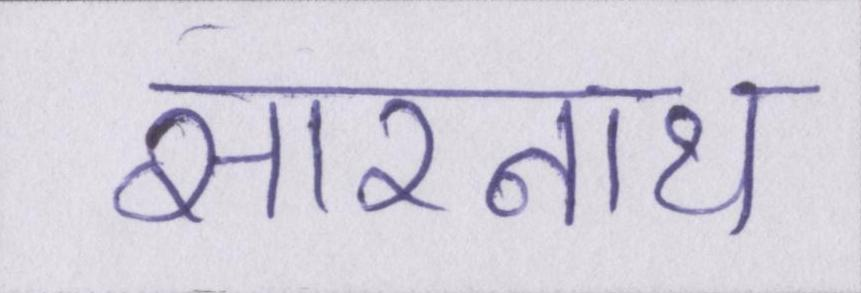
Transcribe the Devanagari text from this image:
सारनाथ